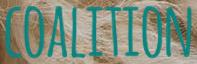
COALITION